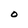
Character: o